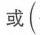
或\( (\)